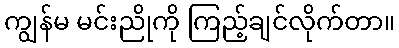
ကျွန်မ မင်းညိုကို ကြည့်ချင်လိုက်တာ။